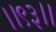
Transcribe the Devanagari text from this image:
।।९३।।